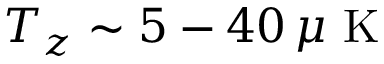
T _ { z } \sim 5 - 4 0 \, \mu \mathrm { ~ K ~ }